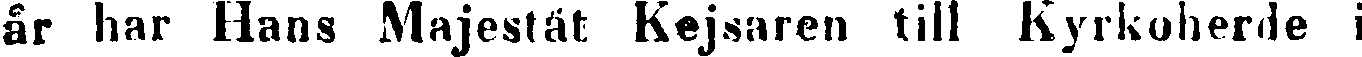
år har Hans Majestät Kejsaren till Kyrkoherde i